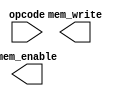
module  control(input[3:0] opcode, output mem_enable, mem_write);
	
endmodule